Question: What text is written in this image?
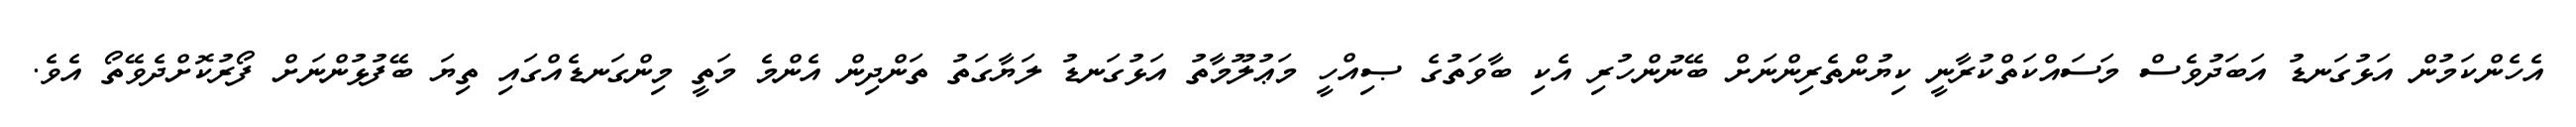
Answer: އެހެންކަމުން އަޅުގަނޑު އަބަދުވެސް މަސައްކަތްކުރާނީ ކިޔުންތެރިންނަށް ބޭނުންހުރި އެކި ބާވަތުގެ ޞިއްހީ މަޢުލޫމާތު އަޅުގަނޑު ލަޔާގަތު ތަންދިން އެންމެ މަތީ މިންގަނޑެއްގައި ތިޔަ ބޭފުޅުންނަށް ފޯރުކޮށްދެވޭތޯ އެވެ.